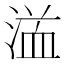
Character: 𱧤